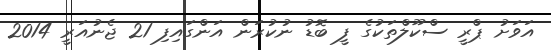
އަވަށު ޕްރީ ސްކޫލްތަކުގެ ފީ ބޮޑު ނުކުރަން އަންގައިފި 21 ޖެނުއަރީ 2014